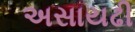
અસાયઢી